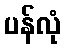
ပန်လုံ